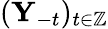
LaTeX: (\mathbf{Y}_{-t})_{t\in\mathbb{Z}}